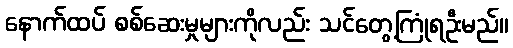
နောက်ထပ် စစ်ဆေးမှုများကိုလည်း သင်တွေ့ကြုံရဦးမည်။